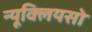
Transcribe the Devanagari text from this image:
न्यूक्लियसो